Civil Veterinary Department Bengal reports 1923-33 - 1923-1933
Year: 1923
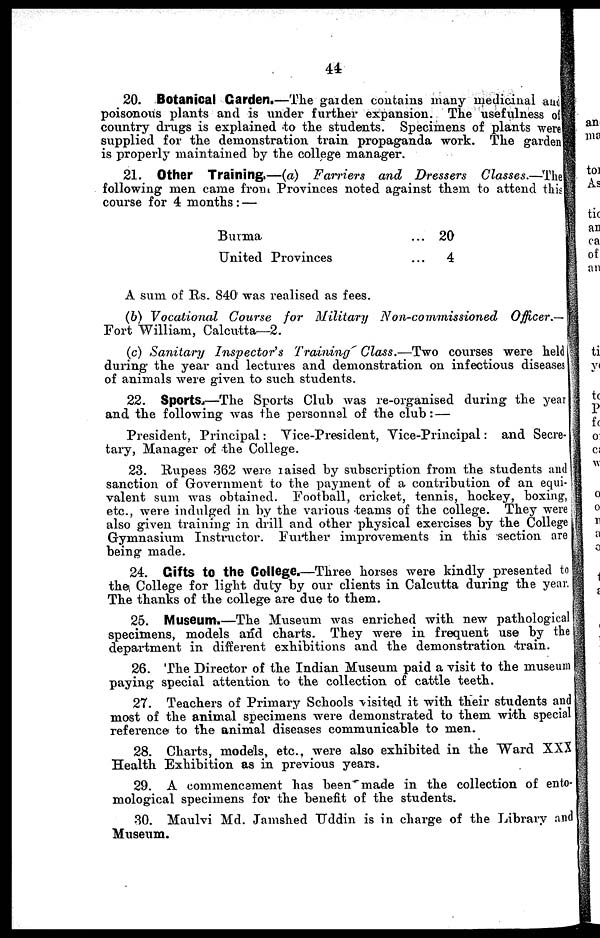
44
20. Botanical Garden.—The garden contains many medicinal and
poisonous plants and is under further expansion. The usefulness of
country drugs is explained to the students. Specimens of plants were
supplied for the demonstration train propaganda work. The garden
is properly maintained by the college manager.
21. Other Training.—(a) Farriers and Dressers Classes.— The
following men came from Provinces noted against them to attend this
course for 4 months : —
Burma
United Provinces
... 20
...
4
A sum of Rs. 840 was realised as fees.
(6) Vocational Course for Military
Non-commissioned
Officer.—
Fort William, Calcutta—2.
(c) Sanitary
Inspector's
Training Class.—Two courses were held
during the year and lectures and demonstration on infectious diseases
of animals were given to such students.
22. Sports.—The Sports Club was re-organised during the year
and the following was the personnel of the club: —
President, Principal : Vice-President, Vice-Principal : and Secre-
tary, Manager of the College.
23. Rupees 362 were raised by subscription from the students and
sanction of Government to the payment of a contribution of an equi-
valent sum was obtained. Football, cricket, tennis, hockey, boxing,
etc., were indulged in by the various teams of the college. They were
also given training in drill and other physical exercises by the College
Gymnasium Instructor. Further improvements in this section are
being made.
24. Gifts to the College.—Three horses were kindly presented to
the College for light duty by our clients in Calcutta during the year.
The thanks of the college are due to them.
25. Museum.—The Museum was enriched with new pathological
specimens, models and charts. They were in frequent use by the
department in different exhibitions and the demonstration train.
26. The Director of the Indian Museum paid a visit to the museum
paying special attention to the collection of cattle teeth.
27. Teachers of Primary Schools visited it with their students and
most of the animal specimens were demonstrated to them with special
reference to the animal diseases communicable to men.
28. Charts, models, etc., were also exhibited in the Ward XXX
Health Exhibition as in previous years.
29. A commencement has been made in the collection of ento-
mological specimens for the benefit of the students.
30. Maulvi Md. Jamshed Uddin is in charge of the Library and
Museum.